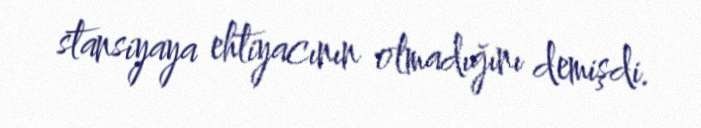
stansiyaya ehtiyacının olmadığını demişdi.